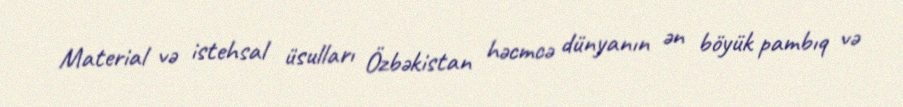
Material və istehsal üsulları Özbəkistan həcmcə dünyanın ən böyük pambıq və